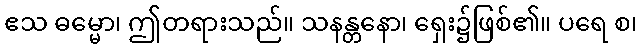
ဧသ ဓမ္မော၊ ဤတရားသည်။ သနန္တနော၊ ရှေး၌ဖြစ်၏။ ပရေ စ၊